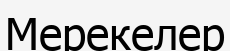
Мерекелер